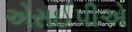
એસઈપીએ